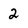
Character: 2